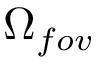
\Omega _ { f o v }